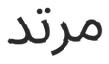
مرتد